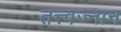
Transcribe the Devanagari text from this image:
तत्त्वज्नान